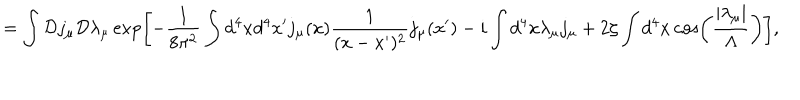
= \int { \cal D } j _ { \mu } { \cal D } \lambda _ { \mu } \exp \left[ - \frac { 1 } { 8 \pi ^ { 2 } } \int d ^ { 4 } x d ^ { 4 } x ^ { \prime } j _ { \mu } ( x ) \frac { 1 } { ( x - x ^ { \prime } ) ^ { 2 } } j _ { \mu } ( x ^ { \prime } ) - i \int d ^ { 4 } x \lambda _ { \mu } j _ { \mu } + 2 \zeta \int d ^ { 4 } x \cos \left( \frac { \left| \lambda _ { \mu } \right| } { \Lambda } \right) \right] ,